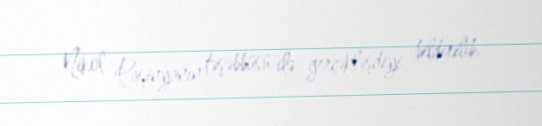
Nikol Paşinyanın təşəbbüsü ilə gerçəkləşdiyi bildirilib.